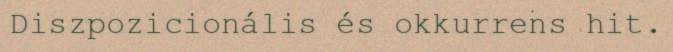
Diszpozicionális és okkurrens hit.